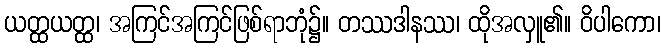
ယတ္ထယတ္ထ၊ အကြင်အကြင်ဖြစ်ရာဘုံ၌။ တဿဒါနဿ၊ ထိုအလှူ၏။ ဝိပါကော၊